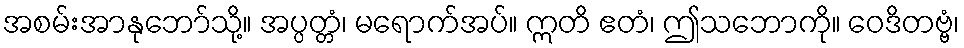
အစမ်းအာနုဘော်သို့။ အပ္ပတ္တံ၊ မရောက်အပ်။ ဣတိ ဧတံ၊ ဤသဘောကို။ ဝေဒိတဗ္ဗံ၊